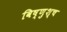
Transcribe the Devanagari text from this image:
विष्णुश्च